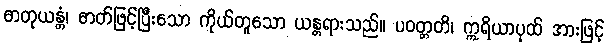
ဓာတုယန္တံ၊ ဓာတ်ဖြင့်ပြီးသော ကိုယ်တူသော ယန္တရားသည်။ ပဝတ္တတိ၊ ဣရိယာပုထ် အားဖြင့်